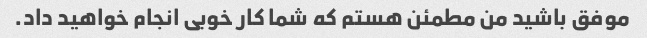
موفق باشید من مطمئن هستم که شما کار خوبی انجام خواهید داد.